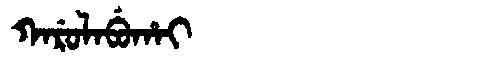
Manchu: ᡴᠠᡵᡠᠯᠠᠪᡠᡥᠠᡳ
Romanization: KARULABUHAI